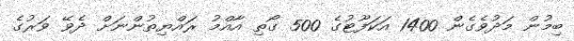
ބިމުން މަދުވެގެން 1400 އަކަފޫޓުގެ 500 ގޯތި އާއްމު ރައްޔިތުންނަށް ދެވޭ ވަރުގެ